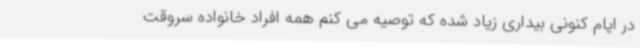
در ایام کنونی بیداری زیاد شده که توصیه می کنم همه افراد خانواده سروقت